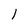
Character: l